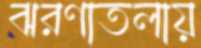
ঝরণাতলায়